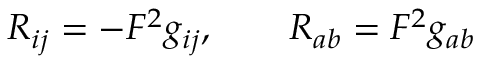
R _ { i j } = - F ^ { 2 } g _ { i j } , \qquad R _ { a b } = F ^ { 2 } g _ { a b }